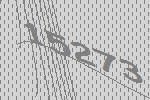
15273